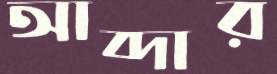
আব্দার